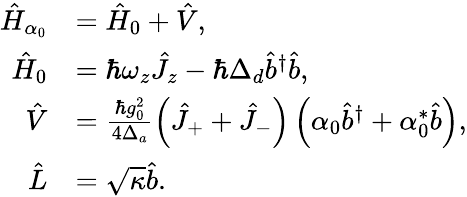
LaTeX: \begin{array}{rl}{\hat{H}_{\alpha_{0}}}&{=\hat{H}_{0}+\hat{V},}\\ {\hat{H}_{0}}&{=\hbar\omega_{z}\hat{J}_{z}-\hbar\Delta_{d}\hat{b}^{\dagger}\hat{b},}\\ {\hat{V}}&{=\frac{\hbar g_{0}^{2}}{4\Delta_{a}}\left(\hat{J}_{+}+\hat{J}_{-}\right)\left(\alpha_{0}\hat{b}^{\dagger}+\alpha_{0}^{*}\hat{b}\right),}\\ {\hat{L}}&{=\sqrt{\kappa}\hat{b}.}\end{array}